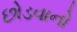
છોડવાનો